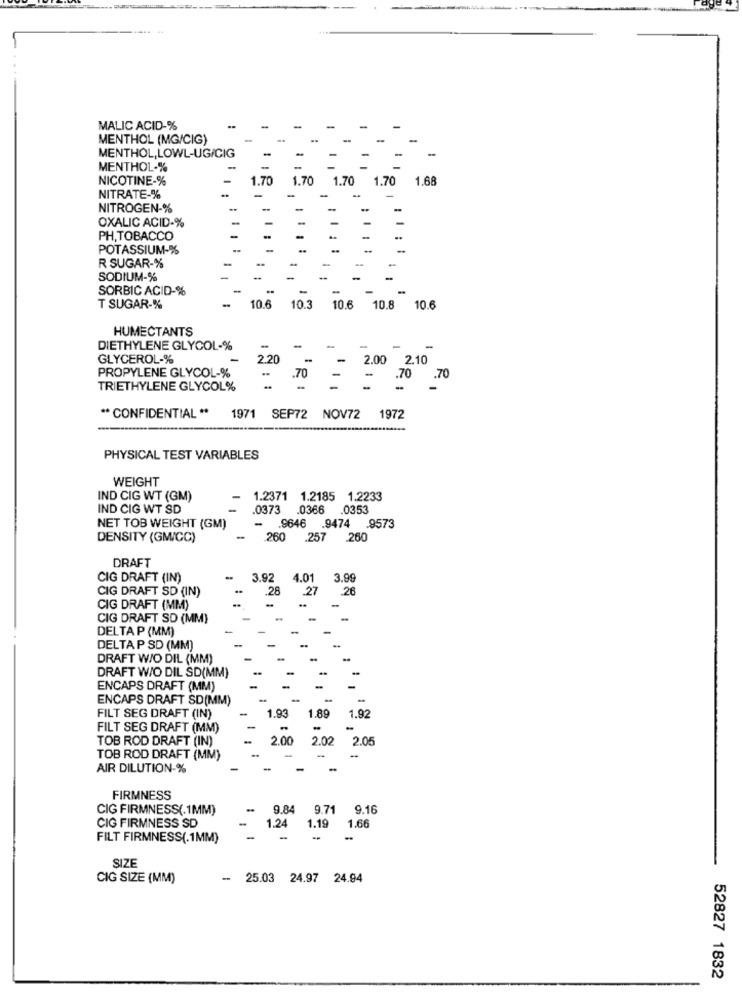
MALIC ACID-%
MENTHOL (MG/CIG)
MENTHOL,LOWL-UG/CIG
-
MENTHOL-%
NICOTINE-%
70
1.70
1.70 1.70 1.68
NITRATE-%
NITROGEN-%
OXALIC ACID-%
PH, TOBACCO
POTASSIUM-%
R SUGAR-%
SODIUM-%
SORBIC ACID-%
T SUGAR-%
10.6
10.3
10.6 10.8 10.6
HUMECTANTS
DIETHYLENE GLYCOL-%
-
GLYCEROL-%
2.20
2.00 2.10
PROPYLENE GLYCOL-%
..
.70
-
-
.70
.70
TRIETHYLENE GLYCOL%
** CONFIDENTIAL **
1971 SEP72 NOV72
1972
PHYSICAL TEST VARIABLES
WEIGHT
IND CIG WT (GM)
1.2371 1.2185 1.2233
IND CIG WT SD
.0373
.0366
.0353
NET TOB WEIGHT (GM)
.9646 .9474 .9573
DENSITY (GM/CC)
-
260
.257 260
DRAFT
CIG DRAFT (IN)
3.92
4.01
3.99
CIG DRAFT SD (IN)
28
.27
CIG DRAFT (MM)
CIG DRAFT SD (MM)
-
DELTA P (MM)
DELTA P SD (MM)
DRAFT W/O DIL (MM)
DRAFT W/O DIL SD(MM)
ENCAPS DRAFT (MM)
ENCAPS DRAFT SD(MM)
1.93
1.89
1.9
FILT SEG DRAFT (IN)
FILT SEG DRAFT (MM)
-
TOB ROD DRAFT (IN)
2.00
2.02
2.05
TOB ROD DRAFT (MM)
AIR DILUTION-%
FIRMNESS
CIG FIRMNESS(.1MM)
9.84
9.71
9.16
CIG FIRMNESS SD
1.66
1.24
1.19
FILT FIRMNESS(.1MM)
-
-
-
SIZE
CIG SIZE (MM)
- 25.03 24.97 24.94
52827 1832